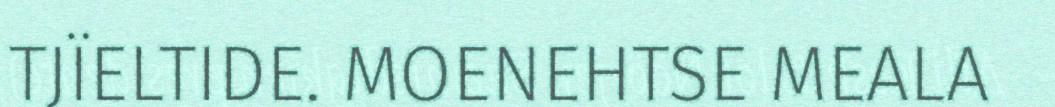
TJÏELTIDE. MOENEHTSE MEALA